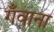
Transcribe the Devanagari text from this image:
गँवाना